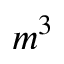
m ^ { 3 }